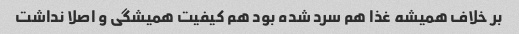
بر خلاف همیشه غذا هم سرد شده بود هم کیفیت همیشگی و اصلا نداشت